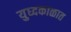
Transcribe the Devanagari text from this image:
युध्दकाळात